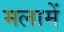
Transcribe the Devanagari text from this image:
मलामें